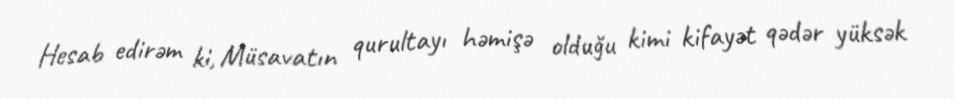
Hesab edirəm ki, Müsavatın qurultayı həmişə olduğu kimi kifayət qədər yüksək